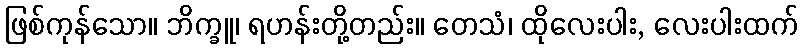
ဖြစ်ကုန်သော။ ဘိက္ခူ၊ ရဟန်းတို့တည်း။ တေသံ၊ ထိုလေးပါး, လေးပါးထက်